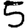
Digit: 5